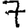
Digit: 7